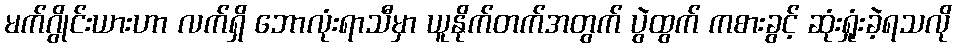
မက်ဂွိုင်းယားဟာ လက်ရှိ ဘောလုံးရာသီမှာ ယူနိုက်တက်အတွက် ပွဲထွက် ကစားခွင့် ဆုံးရှုံးခဲ့ရသလို